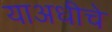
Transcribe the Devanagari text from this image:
याअधीचे